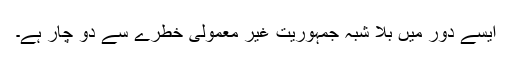
ایسے دور میں بلا شبہ جمہوریت غیر معمولی خطرے سے دو چار ہے۔